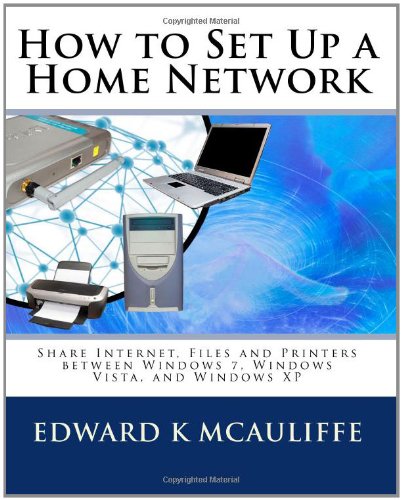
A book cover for How to Set Up a Home Network: Share Internet, Files and Printers between Windows 7, Windows Vista, and Windows XP; Edward K McAuliffe; Computers & Technology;